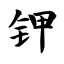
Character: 钾